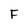
Character: F